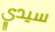
سيدي